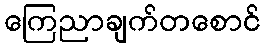
ကြေညာချက်တစောင်